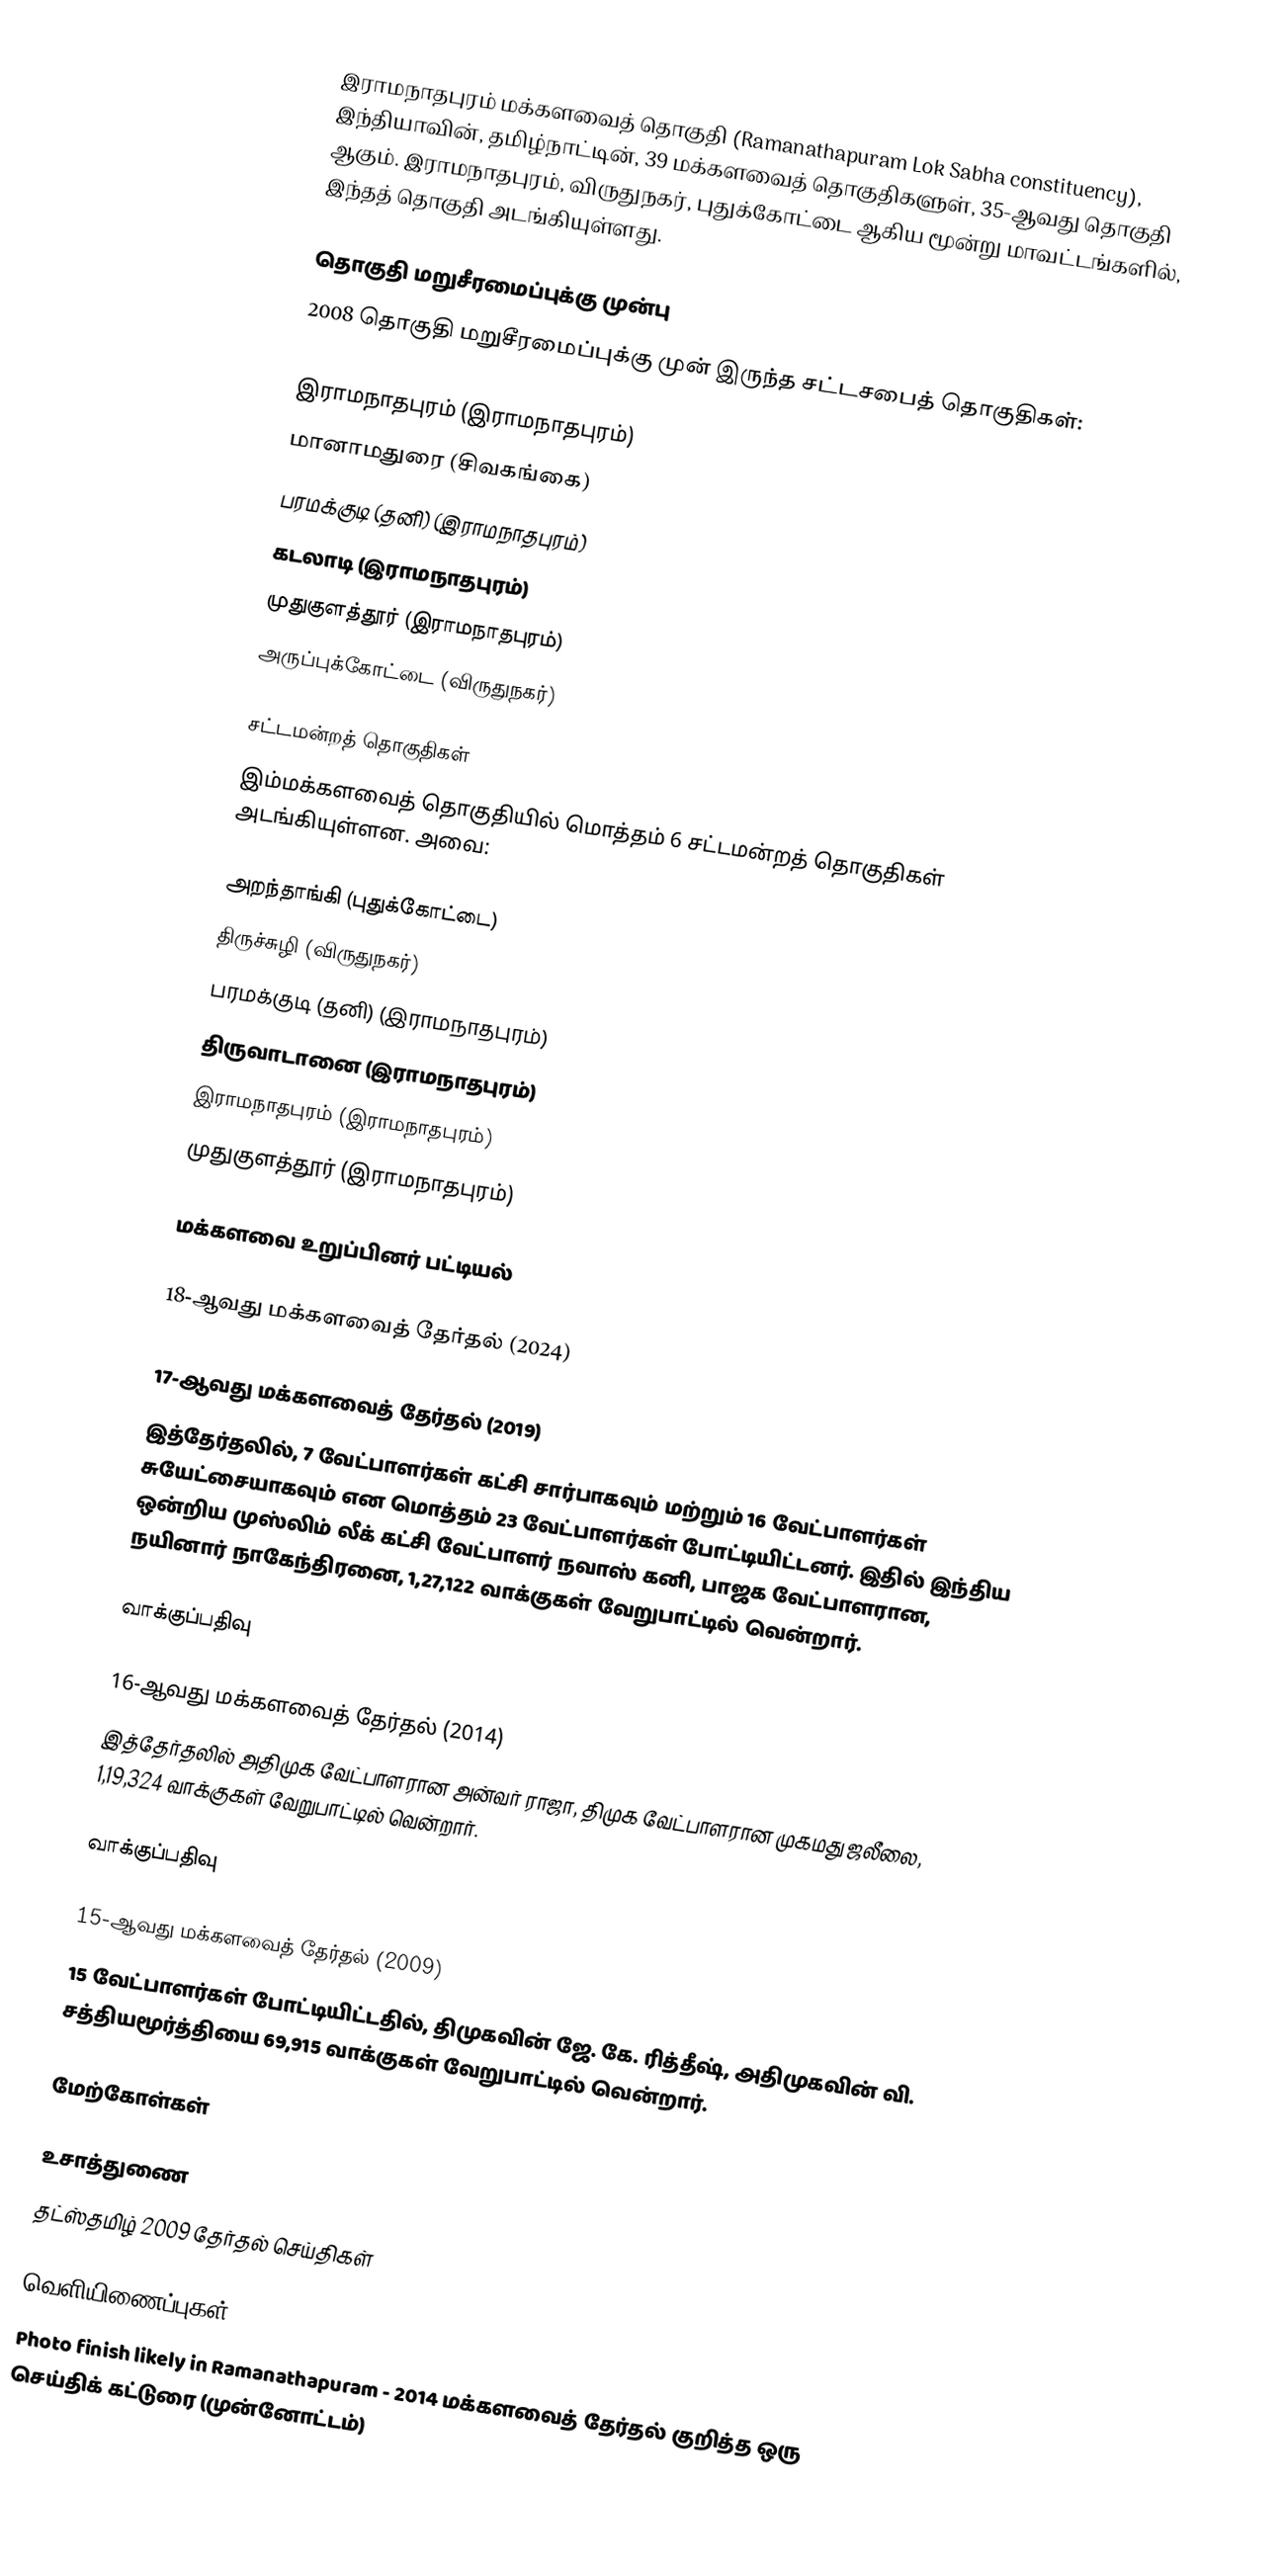
இராமநாதபுரம் மக்களவைத் தொகுதி (Ramanathapuram Lok Sabha constituency), இந்தியாவின், தமிழ்நாட்டின், 39 மக்களவைத் தொகுதிகளுள், 35-ஆவது தொகுதி ஆகும். இராமநாதபுரம், விருதுநகர், புதுக்கோட்டை ஆகிய மூன்று மாவட்டங்களில், இந்தத் தொகுதி அடங்கியுள்ளது.

தொகுதி மறுசீரமைப்புக்கு முன்பு
2008 தொகுதி மறுசீரமைப்புக்கு முன் இருந்த சட்டசபைத் தொகுதிகள்:

இராமநாதபுரம் (இராமநாதபுரம்)
மானாமதுரை (சிவகங்கை)
பரமக்குடி (தனி) (இராமநாதபுரம்)
கடலாடி (இராமநாதபுரம்)
முதுகுளத்தூர் (இராமநாதபுரம்)
அருப்புக்கோட்டை (விருதுநகர்)

சட்டமன்றத் தொகுதிகள்
இம்மக்களவைத் தொகுதியில் மொத்தம் 6 சட்டமன்றத் தொகுதிகள் அடங்கியுள்ளன. அவை:

 அறந்தாங்கி (புதுக்கோட்டை)
 திருச்சுழி (விருதுநகர்)
 பரமக்குடி (தனி) (இராமநாதபுரம்)
 திருவாடானை (இராமநாதபுரம்)
 இராமநாதபுரம் (இராமநாதபுரம்)
 முதுகுளத்தூர் (இராமநாதபுரம்)

மக்களவை உறுப்பினர் பட்டியல்

18-ஆவது மக்களவைத் தேர்தல் (2024)

17-ஆவது மக்களவைத் தேர்தல் (2019)
இத்தேர்தலில், 7 வேட்பாளர்கள் கட்சி சார்பாகவும் மற்றும் 16 வேட்பாளர்கள் சுயேட்சையாகவும் என மொத்தம் 23 வேட்பாளர்கள் போட்டியிட்டனர். இதில் இந்திய ஒன்றிய முஸ்லிம் லீக் கட்சி வேட்பாளர் நவாஸ் கனி, பாஜக வேட்பாளரான, நயினார் நாகேந்திரனை, 1,27,122 வாக்குகள் வேறுபாட்டில் வென்றார்.

வாக்குப்பதிவு

16-ஆவது மக்களவைத் தேர்தல் (2014)
இத்தேர்தலில் அதிமுக வேட்பாளரான அன்வர் ராஜா, திமுக வேட்பாளரான முகமது ஜலீலை, 1,19,324 வாக்குகள் வேறுபாட்டில் வென்றார்.

வாக்குப்பதிவு

15-ஆவது மக்களவைத் தேர்தல் (2009)
15 வேட்பாளர்கள் போட்டியிட்டதில், திமுகவின் ஜே. கே. ரித்தீஷ், அதிமுகவின் வி. சத்தியமூர்த்தியை 69,915 வாக்குகள் வேறுபாட்டில் வென்றார்.

மேற்கோள்கள்

உசாத்துணை
 தட்ஸ்தமிழ் 2009 தேர்தல் செய்திகள்

வெளியிணைப்புகள்
 Photo finish likely in Ramanathapuram - 2014 மக்களவைத் தேர்தல் குறித்த ஒரு செய்திக் கட்டுரை (முன்னோட்டம்)